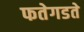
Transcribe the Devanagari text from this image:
फतेगडते